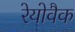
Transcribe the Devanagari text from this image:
रेयोवैक